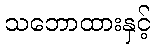
သဘောထားနှင့်